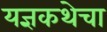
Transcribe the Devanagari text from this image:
यज्ञकथेचा